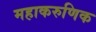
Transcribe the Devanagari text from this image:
महाकरुणिक